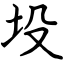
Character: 坄